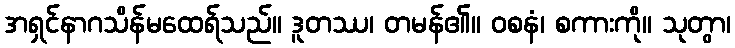
အရှင်နာဂသိန်မထေရ်သည်။ ဒူတဿ၊ တမန်၏။ ဝစနံ၊ စကားကို။ သုတွာ၊